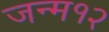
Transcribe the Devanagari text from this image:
जन्म१२